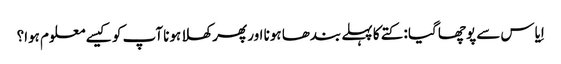
اِیاس سے پوچھا گیا : کتے کا پہلے بندھا ہونا اور پھر کھلا ہونا آپ کو کیسے معلوم ہوا؟